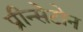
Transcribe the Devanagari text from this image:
प्रीन्सेटोन